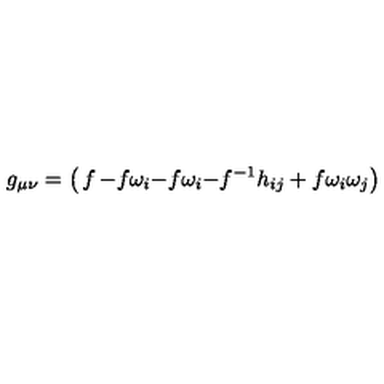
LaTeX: g _ { \mu \nu } = \left( \begin{matrix} { f } & { - f \omega _ { i } } \\ { - f \omega _ { i } } & { - f ^ { - 1 } h _ { i j } + f \omega _ { i } \omega _ { j } } \\ \end{matrix} \right)